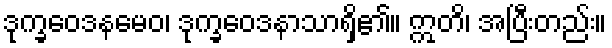
ဒုက္ခဝေဒနမေဝ၊ ဒုက္ခဝေဒနာသာရှိ၏။ ဣတိ၊ အပြီးတည်း။